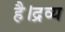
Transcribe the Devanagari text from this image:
है।द्रव्य